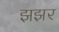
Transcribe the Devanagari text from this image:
झझर